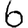
Digit: 6